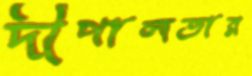
দীপালতার